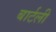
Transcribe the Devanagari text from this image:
बार्टली